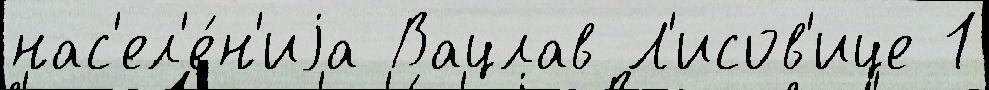
нас'ел'е́н'иjа Вацлав Л'исов'ице 1